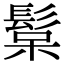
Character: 𩭚